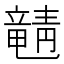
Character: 𬺚